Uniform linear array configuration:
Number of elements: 24
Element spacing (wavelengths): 0.75
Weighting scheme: kaiser
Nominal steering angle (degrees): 45
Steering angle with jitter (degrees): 43.606
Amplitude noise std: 0.05
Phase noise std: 0.05

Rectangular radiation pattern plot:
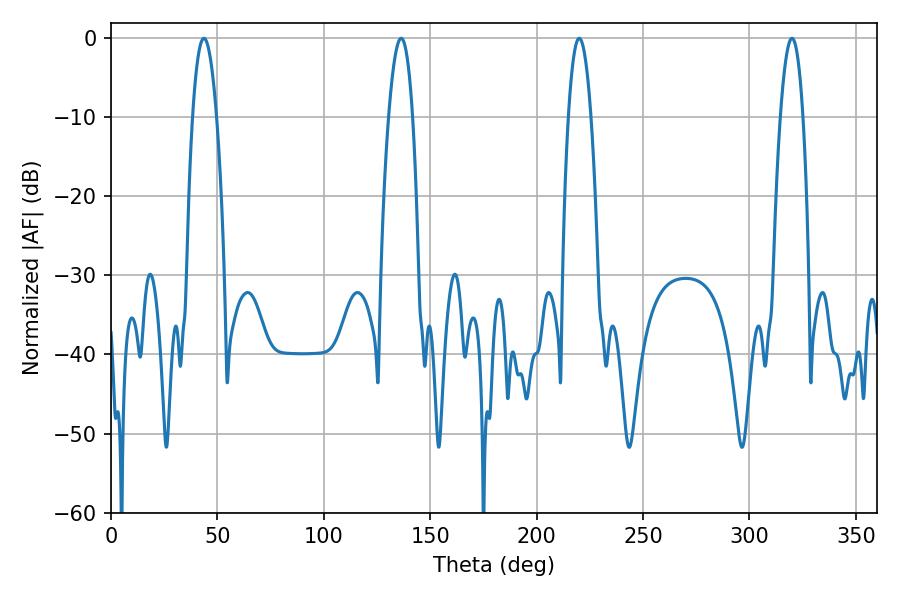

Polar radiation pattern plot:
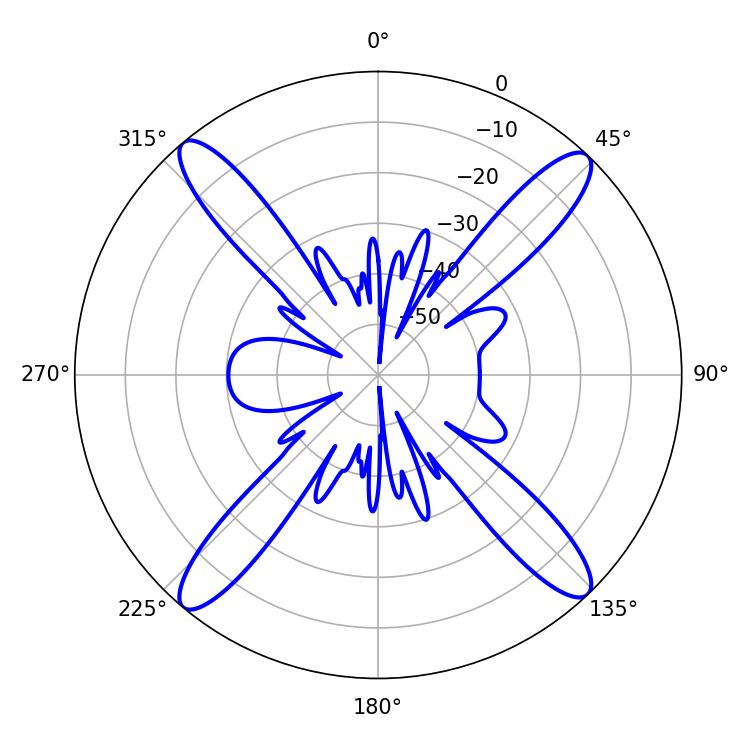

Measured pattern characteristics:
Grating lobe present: TRUE
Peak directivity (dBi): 20.084
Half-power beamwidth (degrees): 5.94
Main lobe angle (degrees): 219.96